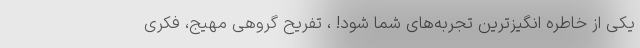
یکی از خاطره انگیزترین تجربه‌های شما شود! ، تفریح گروهیِ مهیج، فکری